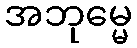
အဘုမ္မေ